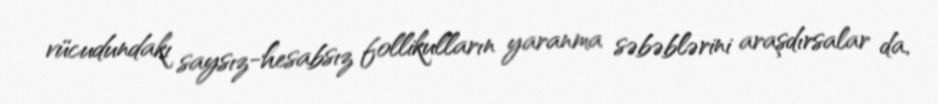
vücudundakı saysız-hesabsız follikulların yaranma səbəblərini araşdırsalar da,